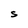
Character: S